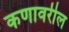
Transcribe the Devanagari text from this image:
कणावरील